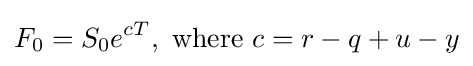
F_{0}=S_{0}e^{cT},{\text{ where }}c=r-q+u-y